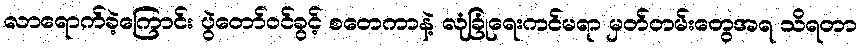
လာရောက်ခဲ့ကြောင်း ပွဲတော်ဝင်ခွင့် စတေကာနဲ့ လုံခြုံရေးကင်မရာ မှတ်တမ်းတွေအရ သိရတာ